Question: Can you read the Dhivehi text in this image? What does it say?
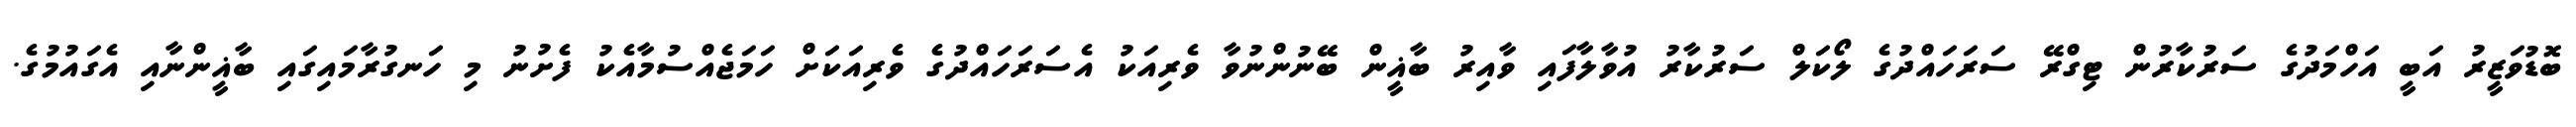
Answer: ބޮޑުވަޒީރު އަބީ އަހްމަދުގެ ސަރުކާރުން ޓިގްރޭ ސަރަހައްދުގެ ލޯކަލް ސަރުކާރު އުވާލާފައި ވާއިރު ބާޣީން ބޭނުންނުވާ ވެރިއަކު އެސަރަހައްދުގެ ވެރިއަކަށް ހަމަޖެއްސުމާއެކު ފެށުނު މި ހަނގުރާމައިގައި ބާޣީންނާއި އެގައުމުގެ.